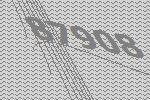
87908